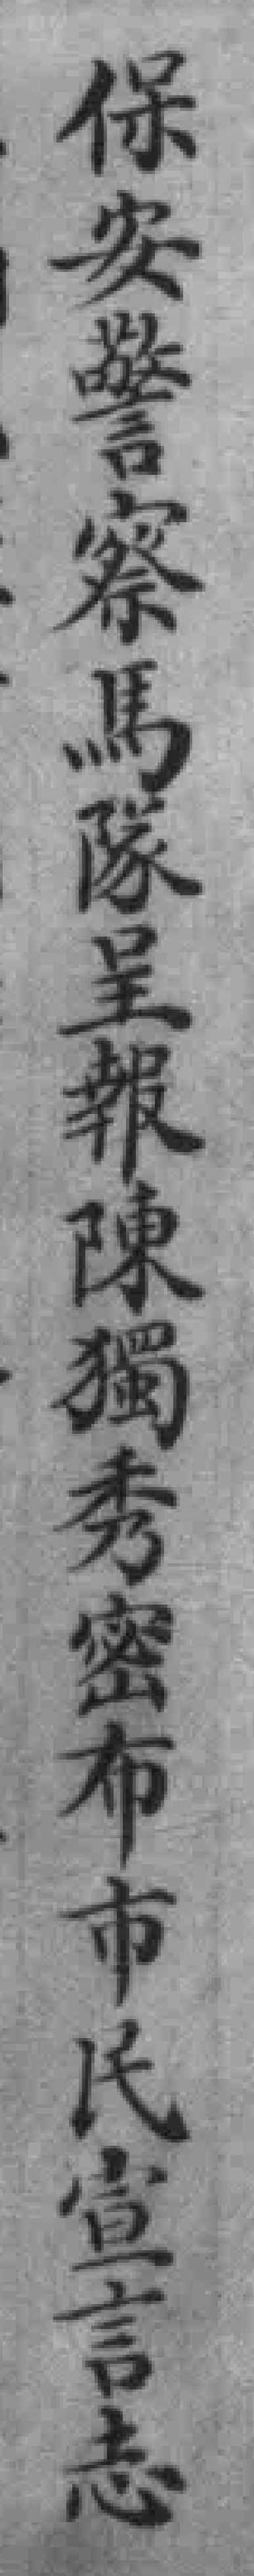
保安警察馬隊呈報陳獨秀密布市民宣言志